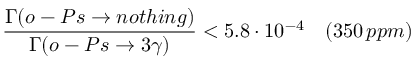
\frac { \Gamma ( o - P s \rightarrow n o t h i n g ) } { \Gamma ( o - P s \rightarrow 3 \gamma ) } < 5 . 8 \cdot 1 0 ^ { - 4 } \quad ( 3 5 0 \, p p m )